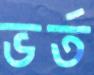
ভর্ত